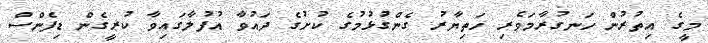
މީގެ އިތުރުން ހަނގުރާމަވެރި ހަތިޔާރު ގެންގުޅުމުގެ ކުށުގެ ދައުވާ އުފުލާގައިވާ ކުރީގެން ޑިފެންސް